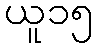
ယူ၁၅